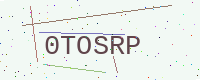
Text: 0TOSRP